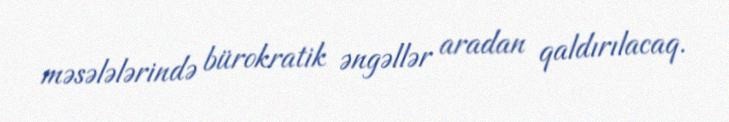
məsələlərində bürokratik əngəllər aradan qaldırılacaq.